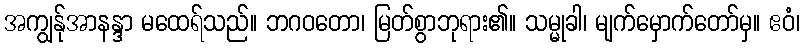
အကျွန်ုအာနန္ဒာ မထေရ်သည်။ ဘဂဝတော၊ မြတ်စွာဘုရား၏။ သမ္မုခါ၊ မျက်မှောက်တော်မှ။ ဧဝံ၊